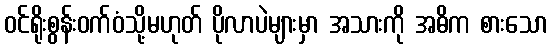
ဝင်ရိုးစွန်းဝက်ဝံသို့မဟုတ် ပိုလာပဲများမှာ အသားကို အဓိက စားသော